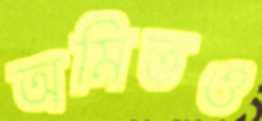
অমিতও